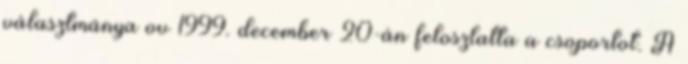
választmánya ov 1999. december 20-án feloszlatta a csoportot. A